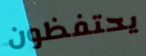
يحتفظون